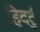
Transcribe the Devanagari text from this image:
हिदर्टु